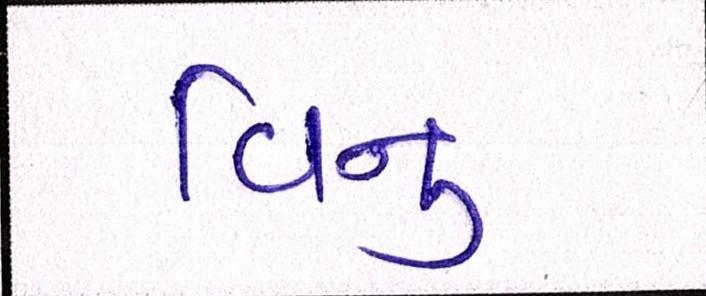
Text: વિનુ